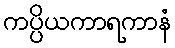
ကပ္ပိယကာရကာနံ